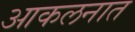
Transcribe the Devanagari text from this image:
आकलनात